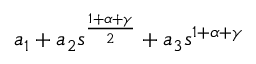
a _ { 1 } + a _ { 2 } s ^ { \frac { 1 + \alpha + \gamma } { 2 } } + a _ { 3 } s ^ { 1 + \alpha + \gamma }